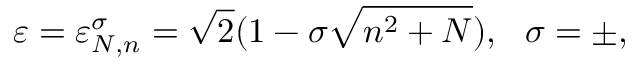
\varepsilon = \varepsilon _ { N , n } ^ { \sigma } = \sqrt { 2 } ( 1 - \sigma \sqrt { n ^ { 2 } + N } ) , ~ ~ \sigma = \pm ,